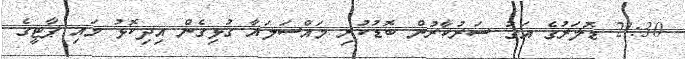
21:30 ޑޮލަރުގެ އަގު ސަރުކާރުން ބޮޑުކުރި މައްސަލައާ ގުޅިގެން އިދިކޮޅު މައި ޕާޓީގެ